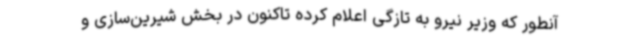
آنطور که وزیر نیرو به تازگی اعلام کرده تاکنون در بخش شیرین‌سازی و